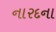
નારદના